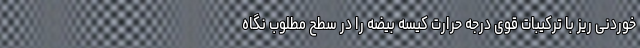
خوردنی ریز با ترکیبات قوی درجه حرارت کیسه بیضه را در سطح مطلوب نگاه